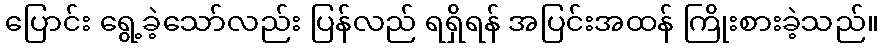
ပြောင်း ရွေ့ခဲ့သော်လည်း ပြန်လည် ရရှိရန် အပြင်းအထန် ကြိုးစားခဲ့သည်။